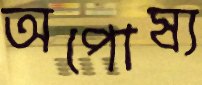
অপোষ্য